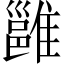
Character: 雝